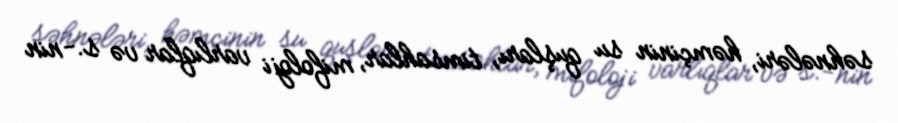
səhnələri, həmçinin su quşları, timsahlar, mifoloji varlıqlar və s.-nin